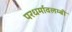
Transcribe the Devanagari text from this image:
परधर्मावलम्बी